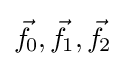
{\vec {f}}\!_{0},{\vec {f}}\!_{1},{\vec {f}}\!_{2}